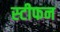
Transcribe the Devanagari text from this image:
स्‍टीफन